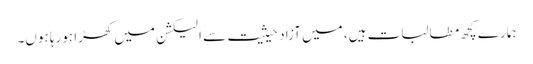
ہمارے کچھ مطالبات ہیں، میں آزاد حیثیت سے الیکشن میں کھڑا ہورہا ہوں۔